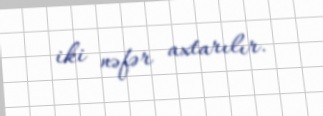
iki nəfər axtarılır.